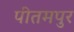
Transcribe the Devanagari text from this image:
पीतमपुर